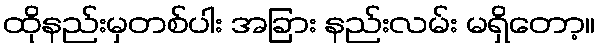
ထိုနည်းမှတစ်ပါး အခြား နည်းလမ်း မရှိတော့။